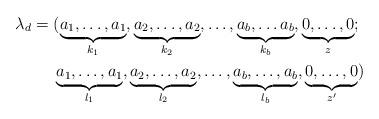
LaTeX: \begin{align*}\lambda_{d} & =(\underbrace{a_{1},\dots,a_{1}}_{k_{1}},\underbrace{a_{2},\dots,a_{2}}_{k_{2}},\dots,\underbrace{a_{b},\dots a_{b}}_{k_{b}},\underbrace{0,\dots,0}_{z};\\ & \quad\ \underbrace{a_{1},\dots,a_{1}}_{l_{1}},\underbrace{a_{2},\dots,a_{2}}_{l_{2}},\dots,\underbrace{a_{b},\dots,a_{b}}_{l_{b}},\underbrace{0,\dots,0}_{z'})\end{align*}